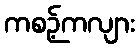
ကစဉ့်ကလျား